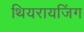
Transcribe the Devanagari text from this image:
थियरायजिंग